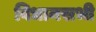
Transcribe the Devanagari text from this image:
विधानसभी